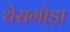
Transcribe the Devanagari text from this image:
थेसगोड़ा